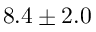
8 . 4 \pm 2 . 0